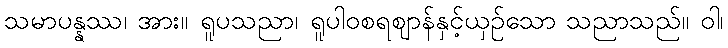
သမာပန္နဿ၊ အား။ ရူပသညာ၊ ရူပါဝစရဈာန်နှင့်ယှဉ်သော သညာသည်။ ဝါ၊